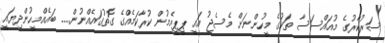
ސަރުކާރުގެ މުއައްސަސާ ތަކުގެ މީހުންނަށް މެސެޖު އައީ ޕީޕީއެމުން ކުރާކަމެއްގެ ގޮތުގައެއްނުން..... ބައެއްމީހުންދިޔައީ